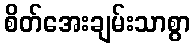
စိတ်အေးချမ်းသာစွာ